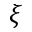
\xi